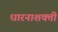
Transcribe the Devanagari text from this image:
धारनाशक्ती